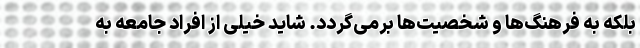
بلکه به فرهنگ‌ها و شخصیت‌ها برمی‌گردد. شاید خیلی از افراد جامعه به